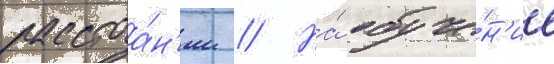
расстоа́н'ии // На́ обуче́н'ие